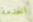
الخدمة